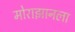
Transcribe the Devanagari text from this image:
मोराझानला